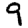
Digit: 9